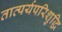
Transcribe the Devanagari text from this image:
तात्पर्यपरिशुद्धि